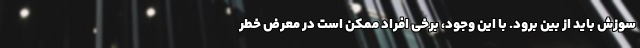
سوزش باید از بین برود. با این وجود، برخی افراد ممکن است در معرض خطر